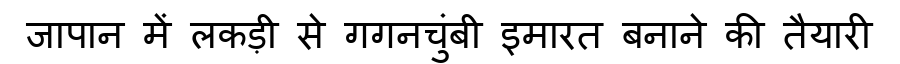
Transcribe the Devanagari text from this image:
जापान में लकड़ी से गगनचुंबी इमारत बनाने की तैयारी